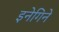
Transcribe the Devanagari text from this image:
इनेगिने